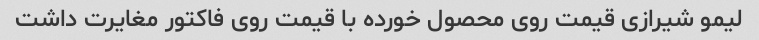
لیمو شیرازی قیمت روی محصول خورده با قیمت روی فاکتور مغایرت داشت